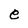
Character: e